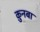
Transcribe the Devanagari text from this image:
क़ुनबा